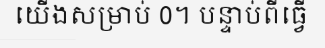
យើងសម្រាប់ 0។ បន្ទាប់ពីធ្វើ